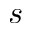
s